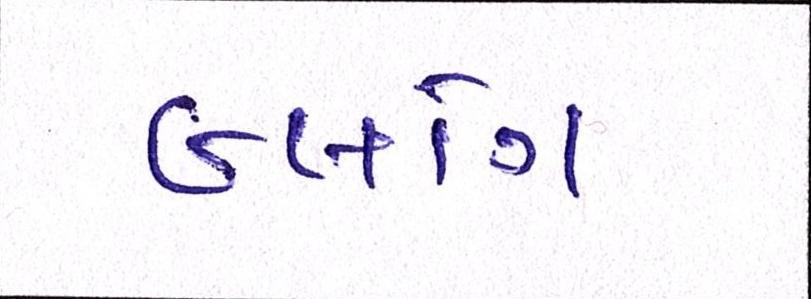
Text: બ્લોગ